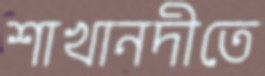
শাখানদীতে